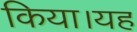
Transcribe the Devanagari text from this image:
किया।यह